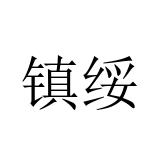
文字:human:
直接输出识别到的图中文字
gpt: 镇绥